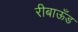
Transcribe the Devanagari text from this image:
रीबाऊँड